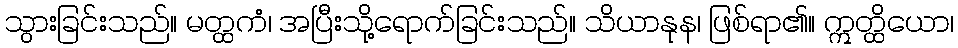
သွားခြင်းသည်။ မတ္ထကံ၊ အပြီးသို့ရောက်ခြင်းသည်။ သိယာနုန၊ ဖြစ်ရာ၏။ ဣတ္ထိယော၊